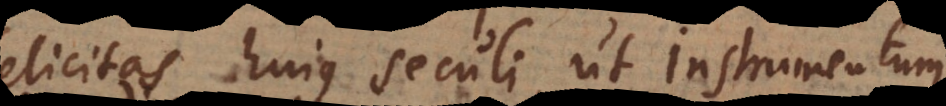
felicitas hujus seculi, ut instrumentum